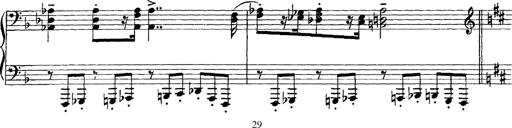
Title: Scherzo und Marsch
Composer: Franz Liszt